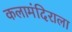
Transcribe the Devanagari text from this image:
कलामंदिराला